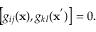
\left[ g _ { i j } ( { \bf x } ) , g _ { k l } ( { \bf x } ^ { ' } ) \right] = 0 .